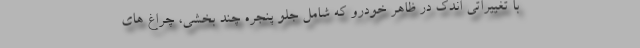
با تغییراتی اندک در ظاهر خودرو که شامل جلو پنجره چند بخشی، چراغ های